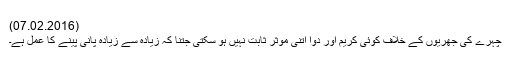
(07.02.2016)
چہرے کی جھُریوں کے خلاف کوئی کریم اور دوا اتنی موثر ثابت نہیں ہو سکتی جتنا کہ زیادہ سے زیادہ پانی پینے کا عمل ہے۔